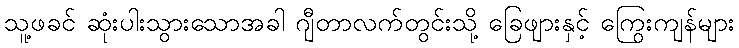
သူ့ဖခင် ဆုံးပါးသွားသောအခါ ဂျီတာလက်တွင်းသို့ ခြေဖျားနှင့် ကြွေးကျန်များ